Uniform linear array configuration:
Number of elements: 24
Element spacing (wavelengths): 1
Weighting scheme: binomial
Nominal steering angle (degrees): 45
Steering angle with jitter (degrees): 44.584
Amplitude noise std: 0.05
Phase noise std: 0.05

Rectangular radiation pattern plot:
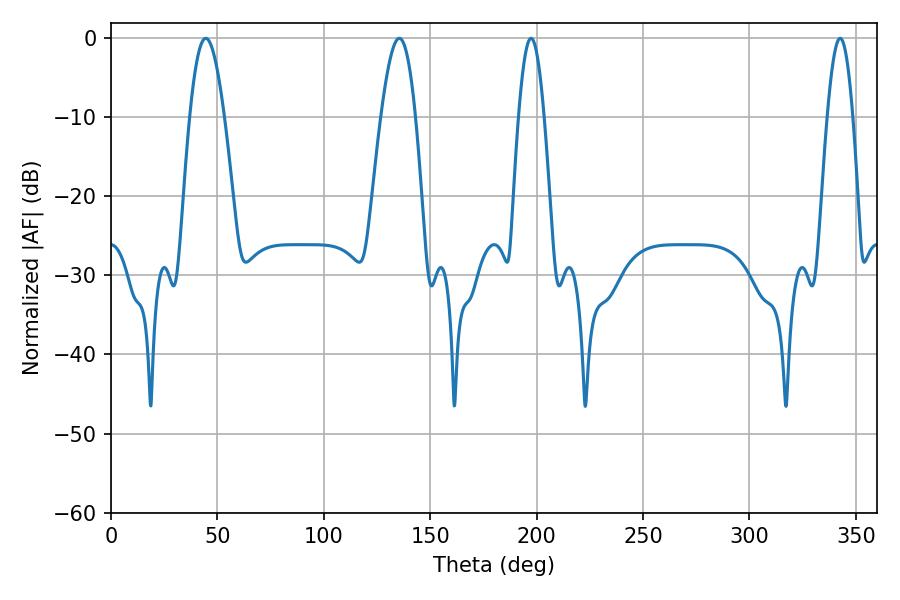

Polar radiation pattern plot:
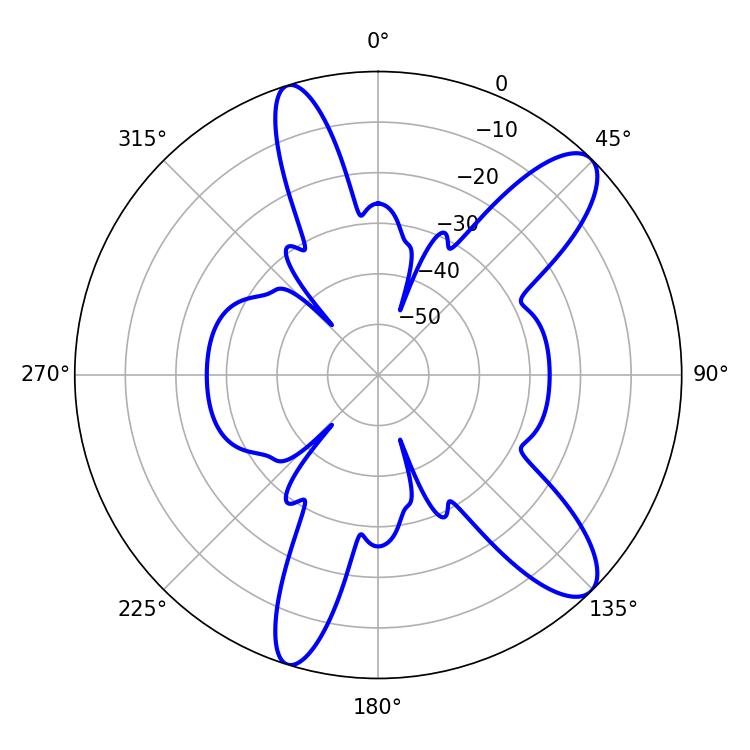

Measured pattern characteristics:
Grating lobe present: TRUE
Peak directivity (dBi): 10.952
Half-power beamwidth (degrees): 8.82
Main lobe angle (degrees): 44.46